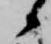
候